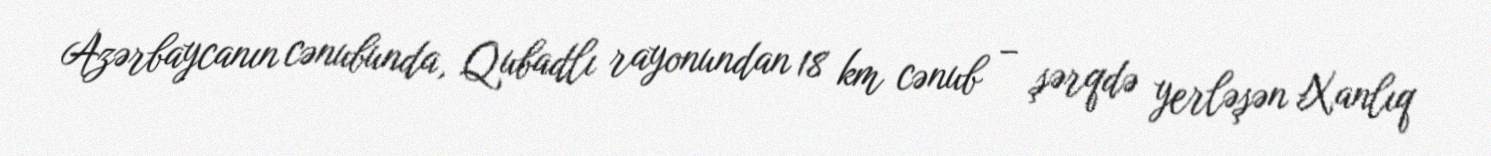
Azərbaycanın cənubunda, Qubadlı rayonundan 18 km cənub – şərqdə yerləşən Xanlıq